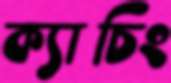
ক্যাচিং